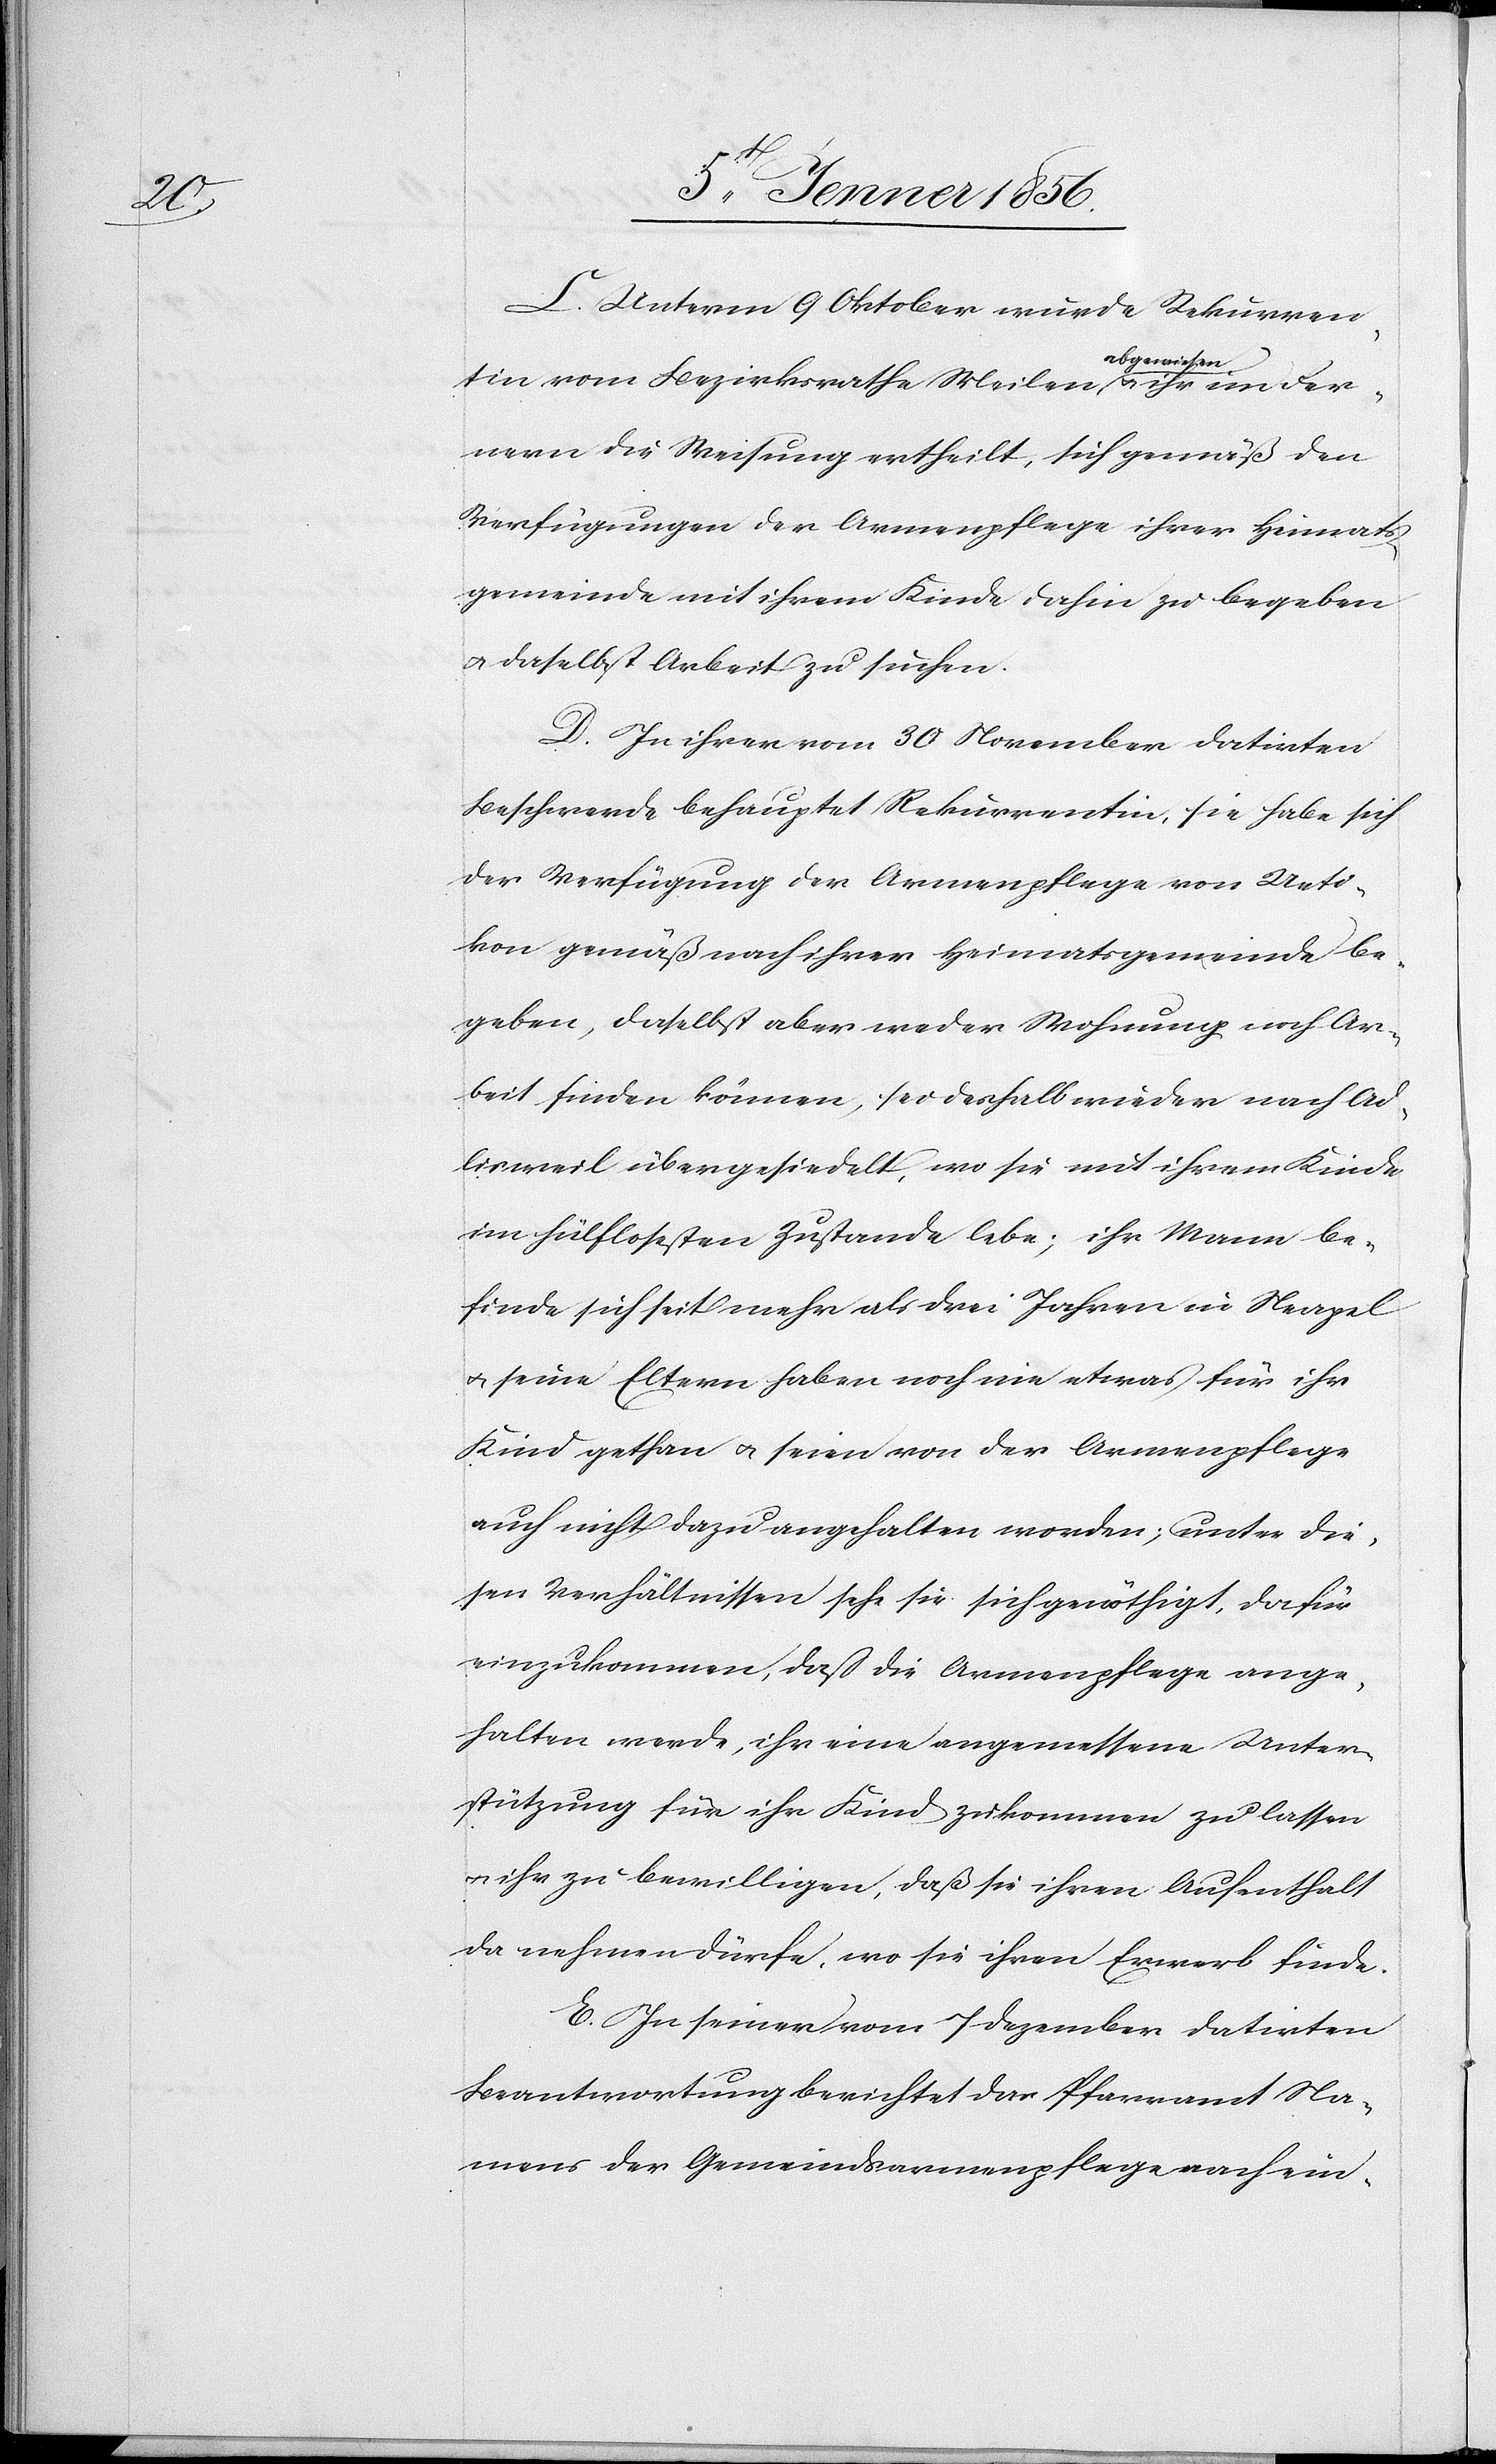
Fer¬

C. Unterm 9 Oktober wurde Rekurren¬
tin vom Bezirksrathe Meilen a-abgewiesen-a u. ihr
nern die Weisung ertheilt, sich gemäß den
Verfügungen der Armenpflege ihrer Heimats¬
gemeinde mit ihrem Kinde dahin zu begeben
u. daselbst Arbeit zu suchen.
D. In ihrer vom 30 November datirten
Beschwerde behauptet Rekurrentin, sie habe sich
der Verfügung der Armenpflege von Ueti¬
kon gemäß nach ihrer Heimatsgemeinde be¬
geben, daselbst aber weder Wohnung noch Ar¬
beit finden können, sei deshalb wieder nach Ad¬
lisweil übergesiedelt, wo sie mit ihrem Kinde
im hülflosesten Zustande lebe; ihr Mann be¬
finde sich seit mehr als drei Jahren in Neapel
u. seine Eltern haben noch nie etwas für ihr
Kind gethan u. seien von der Armenpflege
auch nicht dazu angehalten worden; unter die¬
sen Verhältnissen sehe sie sich genöthigt, dafür
einzukommen, daß die Armenpflege ange¬
halten werde, ihr eine angemessene Unter¬
stützung für ihr Kind zukommen zu lassen
u. ihr zu bewilligen, daß sie ihren Aufenthalt
da nehmen dürfe, wo sie ihren Erwerb finde.
E. In seiner vom 7 Dezember datirten
Beantwortung berichtet das Pfarramt Na¬
mens der Gemeindsarmenpflege nach ein-